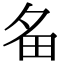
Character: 𤰧